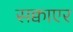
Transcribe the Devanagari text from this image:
सक्वाएर